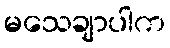
မသေချာပါက